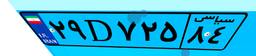
۳۲D۳۲۸۶۱